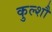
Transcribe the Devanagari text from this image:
कुल्शौ